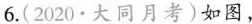
6.（2020·大同月考）如图，